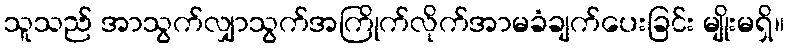
သူသည် အာသွက်လျှာသွက်အကြိုက်လိုက်အာမခံချက်ပေးခြင်း မျိုးမရှိ။